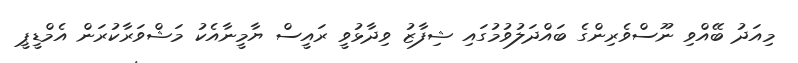
މިއަދު ބޭއްވި ނޫސްވެރިންގެ ބައްދަލުވުމުގައި ޝިފާޒު ވިދާޅުވީ ރައީސް ޔާމީނާއެކު މަޝްވަރާކުރަން އެމްޑީޕީ